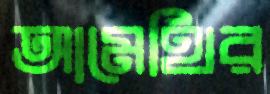
আমেথির